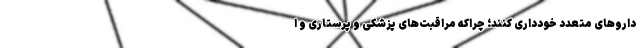
دارو‌های متعدد خودداری کنند؛ چراکه مراقبت‌های پزشکی و پرستاری و ا